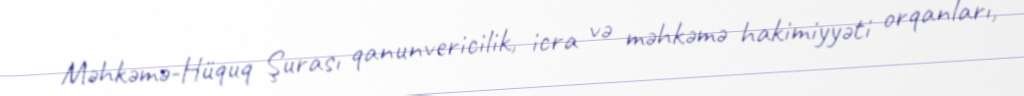
Məhkəmə-Hüquq Şurası qanunvericilik, icra və məhkəmə hakimiyyəti orqanları,